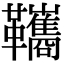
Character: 䪎